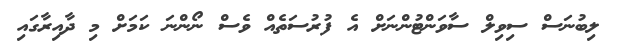
ލިބުނަސް ސިވިލް ސާވަންޓުންނަށް އެ ފުރުސަތެއް ވެސް ނޯންނަ ކަމަށް މި ދާއިރާގައި